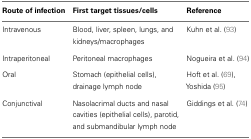
<table><thead><tr><td><b>Route of infection</b></td><td><b>First target tissues/cells</b></td><td><b>Reference</b></td></tr></thead><tbody><tr><td>Intravenous</td><td>Blood, liver, spleen, lungs, and kidneys/macrophages</td><td>Kuhn et al. (93)</td></tr><tr><td>Intraperitoneal</td><td>Peritoneal macrophages</td><td>Nogueira et al. (94)</td></tr><tr><td>Oral</td><td>Stomach (epithelial cells), drainage lymph node</td><td>Hoft et al. (69), Yoshida (95)</td></tr><tr><td>Conjunctival</td><td>Nasolacrimal ducts and nasal cavities (epithelial cells), parotid, and submandibular lymph node</td><td>Giddings et al. (74)</td></tr></tbody></table>